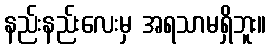
နည်းနည်းလေးမှ အရသာမရှိဘူး။